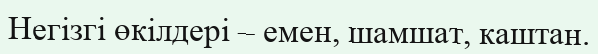
Негізгі өкілдері – емен, шамшат, каштан.